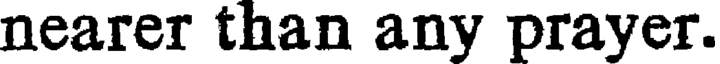
nearer than any prayer.